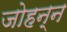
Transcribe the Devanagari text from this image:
जोहन्न